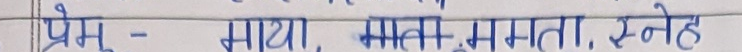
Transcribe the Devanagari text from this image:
प्रेम - माया, ममता, स्नेह